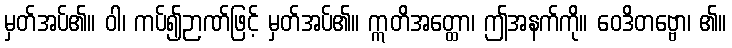
မှတ်အပ်၏။ ဝါ၊ ကပ်၍ဉာဏ်ဖြင့် မှတ်အပ်၏။ ဣတိအတ္ထော၊ ဤအနက်ကို။ ဝေဒိတဗ္ဗော၊ ၏။